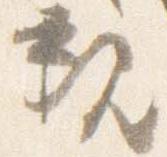
親